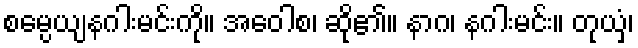
စမ္ပေယျနဂါးမင်းကို။ အဝေါစ၊ ဆို၏။ နာဂ၊ နဂါးမင်း။ တုယှံ၊